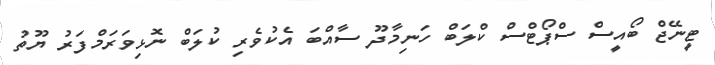
ޓީނޭޖް ބޯއީސް ސްޕޯޓްސް ކްލަބް ހަނިމާދޫ ސާއްބަ އެކުވެރި ކުލަބް ނޮޅިވަރަމްފަރު ޔޫތު